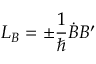
{ \cal L } _ { B } = \pm \frac 1 { \hbar } \dot { B } B ^ { \prime }